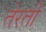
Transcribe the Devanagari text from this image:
तेरती